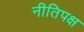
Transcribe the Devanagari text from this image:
नीतिपक्ष